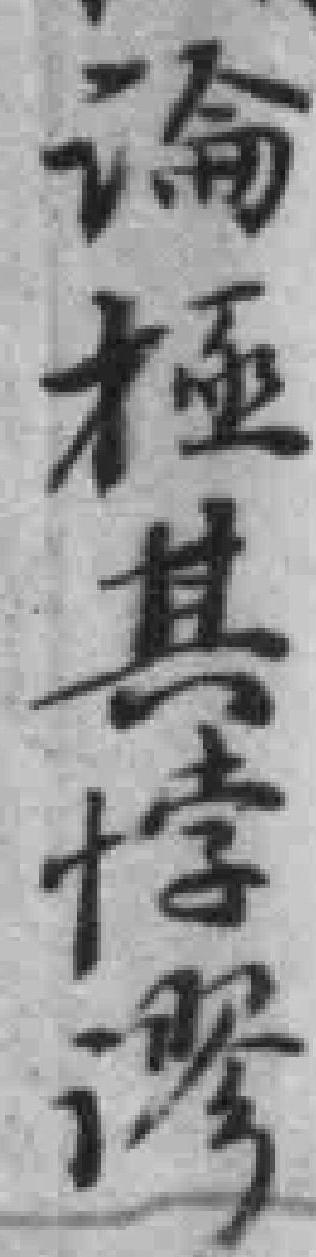
論極其悖谬